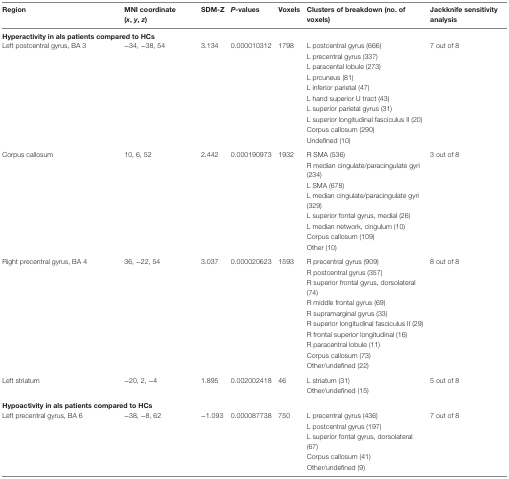
<table><thead><tr><td><b>Region</b></td><td><b>MNI coordinate (<i>x</i>, <i>y</i>, <i>z</i>)</b></td><td><b>SDM-Z</b></td><td><b><i>P</i>-values</b></td><td><b>Voxels</b></td><td><b>Clusters of breakdown (no. of voxels)</b></td><td><b>Jackknife sensitivity analysis</b></td></tr></thead><tbody><tr><td colspan="7"><b>Hyperactivity in als patients compared to HCs</b></td></tr><tr><td>Left postcentral gyrus, BA 3</td><td>−34, −38, 54</td><td>3.134</td><td>0.000010312</td><td>1798</td><td>L postcentral gyrus (666)</td><td>7 out of 8</td></tr><tr><td></td><td></td><td></td><td></td><td></td><td>L precentral gyrus (337)</td><td></td></tr><tr><td></td><td></td><td></td><td></td><td></td><td>L paracental lobule (273)</td><td></td></tr><tr><td></td><td></td><td></td><td></td><td></td><td>L prcuneus (81)</td><td></td></tr><tr><td></td><td></td><td></td><td></td><td></td><td>L inferior parietal (47)</td><td></td></tr><tr><td></td><td></td><td></td><td></td><td></td><td>L hand superior U tract (43)</td><td></td></tr><tr><td></td><td></td><td></td><td></td><td></td><td>L superior parietal gyrus (31)</td><td></td></tr><tr><td></td><td></td><td></td><td></td><td></td><td>L superior longitudinal fasciculus II (20)</td><td></td></tr><tr><td></td><td></td><td></td><td></td><td></td><td>Corpus callosum (290)</td><td></td></tr><tr><td></td><td></td><td></td><td></td><td></td><td>Undefined (10)</td><td></td></tr><tr><td>Corpus callosum</td><td>10, 6, 52</td><td>2.442</td><td>0.000190973</td><td>1932</td><td>R SMA (536)</td><td>3 out of 8</td></tr><tr><td></td><td></td><td></td><td></td><td></td><td>R median cingulate/paracingulate gyri (234)</td><td></td></tr><tr><td></td><td></td><td></td><td></td><td></td><td>L SMA (678)</td><td></td></tr><tr><td></td><td></td><td></td><td></td><td></td><td>L median cingulate/paracingulate gyri (329)</td><td></td></tr><tr><td></td><td></td><td></td><td></td><td></td><td>L superior fontal gyrus, medial (26)</td><td></td></tr><tr><td></td><td></td><td></td><td></td><td></td><td>L median network, cingulum (10)</td><td></td></tr><tr><td></td><td></td><td></td><td></td><td></td><td>Corpus callosum (109)</td><td></td></tr><tr><td></td><td></td><td></td><td></td><td></td><td>Other (10)</td><td></td></tr><tr><td>Right precentral gyrus, BA 4</td><td>36, −22, 54</td><td>3.037</td><td>0.000020623</td><td>1593</td><td>R precentral gyrus (909)</td><td>8 out of 8</td></tr><tr><td></td><td></td><td></td><td></td><td></td><td>R postcentral gyrus (357)</td><td></td></tr><tr><td></td><td></td><td></td><td></td><td></td><td>R superior frontal gyrus, dorsolateral (74)</td><td></td></tr><tr><td></td><td></td><td></td><td></td><td></td><td>R middle frontal gyrus (69)</td><td></td></tr><tr><td></td><td></td><td></td><td></td><td></td><td>R supramarginal gyrus (33)</td><td></td></tr><tr><td></td><td></td><td></td><td></td><td></td><td>R superior longitudinal fasciculus II (29)</td><td></td></tr><tr><td></td><td></td><td></td><td></td><td></td><td>R frontal superior longitudinal (16)</td><td></td></tr><tr><td></td><td></td><td></td><td></td><td></td><td>R paracentral lobule (11)</td><td></td></tr><tr><td></td><td></td><td></td><td></td><td></td><td>Corpus callosum (73)</td><td></td></tr><tr><td></td><td></td><td></td><td></td><td></td><td>Other/undefined (22)</td><td></td></tr><tr><td>Left striatum</td><td>−20, 2, −4</td><td>1.895</td><td>0.002002418</td><td>46</td><td>L striatum (31)</td><td>5 out of 8</td></tr><tr><td></td><td></td><td></td><td></td><td></td><td>Other/undefined (15)</td><td></td></tr><tr><td colspan="7"><b>Hypoactivity in als patients compared to HCs</b></td></tr><tr><td>Left precentral gyrus, BA 6</td><td>−38, −8, 62</td><td>−1.093</td><td>0.000087738</td><td>750</td><td>L precentral gyrus (436)</td><td>7 out of 8</td></tr><tr><td></td><td></td><td></td><td></td><td></td><td>L postcentral gyrus (197)</td><td></td></tr><tr><td></td><td></td><td></td><td></td><td></td><td>L superior fontal gyrus, dorsolateral (67)</td><td></td></tr><tr><td></td><td></td><td></td><td></td><td></td><td>Corpus callosum (41)</td><td></td></tr><tr><td></td><td></td><td></td><td></td><td></td><td>Other/undefined (9)</td><td></td></tr></tbody></table>